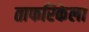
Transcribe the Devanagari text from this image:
ताफरिकेला